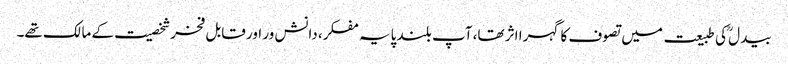
بیدل ؒکی طبیعت میں تصوف کا گہرا اثر تھا، آپ بلند پایہ مفکر، دانش ور اور قابل فخرشخصیت کے مالک تھے۔